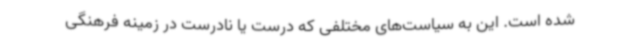
شده است. این به سیاست‌های مختلفی که درست یا نادرست در زمینه فرهنگی